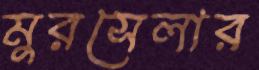
মুরসেলার